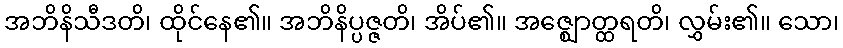
အဘိနိသီဒတိ၊ ထိုင်နေ၏။ အဘိနိပ္ပဇ္ဇတိ၊ အိပ်၏။ အဇ္ဈောတ္ထရတိ၊ လွှမ်း၏။ သော၊